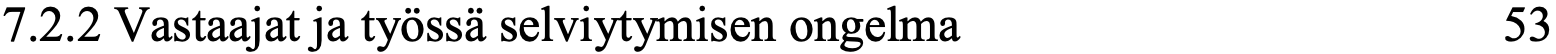
7.2.2 Vastaajat ja työssä selviytymisen ongelma   53